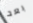
بعد